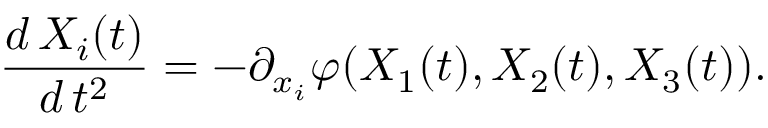
\frac { d \, X _ { i } ( t ) } { d \, t ^ { 2 } } = - \partial _ { x _ { i } } \varphi ( X _ { 1 } ( t ) , X _ { 2 } ( t ) , X _ { 3 } ( t ) ) .